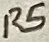
Text: R5